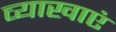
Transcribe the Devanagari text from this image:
व्याखाएं